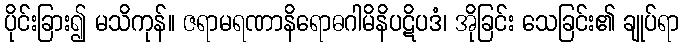
ပိုင်းခြား၍ မသိကုန်။ ဇရာမရဏာနိရောဓဂါမိနိပဋိပဒံ၊ အိုခြင်း သေခြင်း၏ ချုပ်ရာ